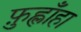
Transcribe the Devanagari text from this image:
फ़ुह्लाँहा